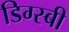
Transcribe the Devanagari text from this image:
डिग्स्बी